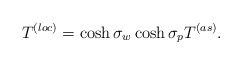
\begin{align*}T^{(loc)} = \cosh\sigma_w\cosh\sigma_p T^{(as)}.\end{align*}